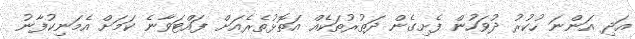
އަދި އަންނަ ހުކުރު ދުވަހުން ފެށިގެން ދަތުރުތަކެއް އަތޮޅުތެރެއަށް ފައްޓަވާނެ ކަމަށް އެމަނިކުފާނު